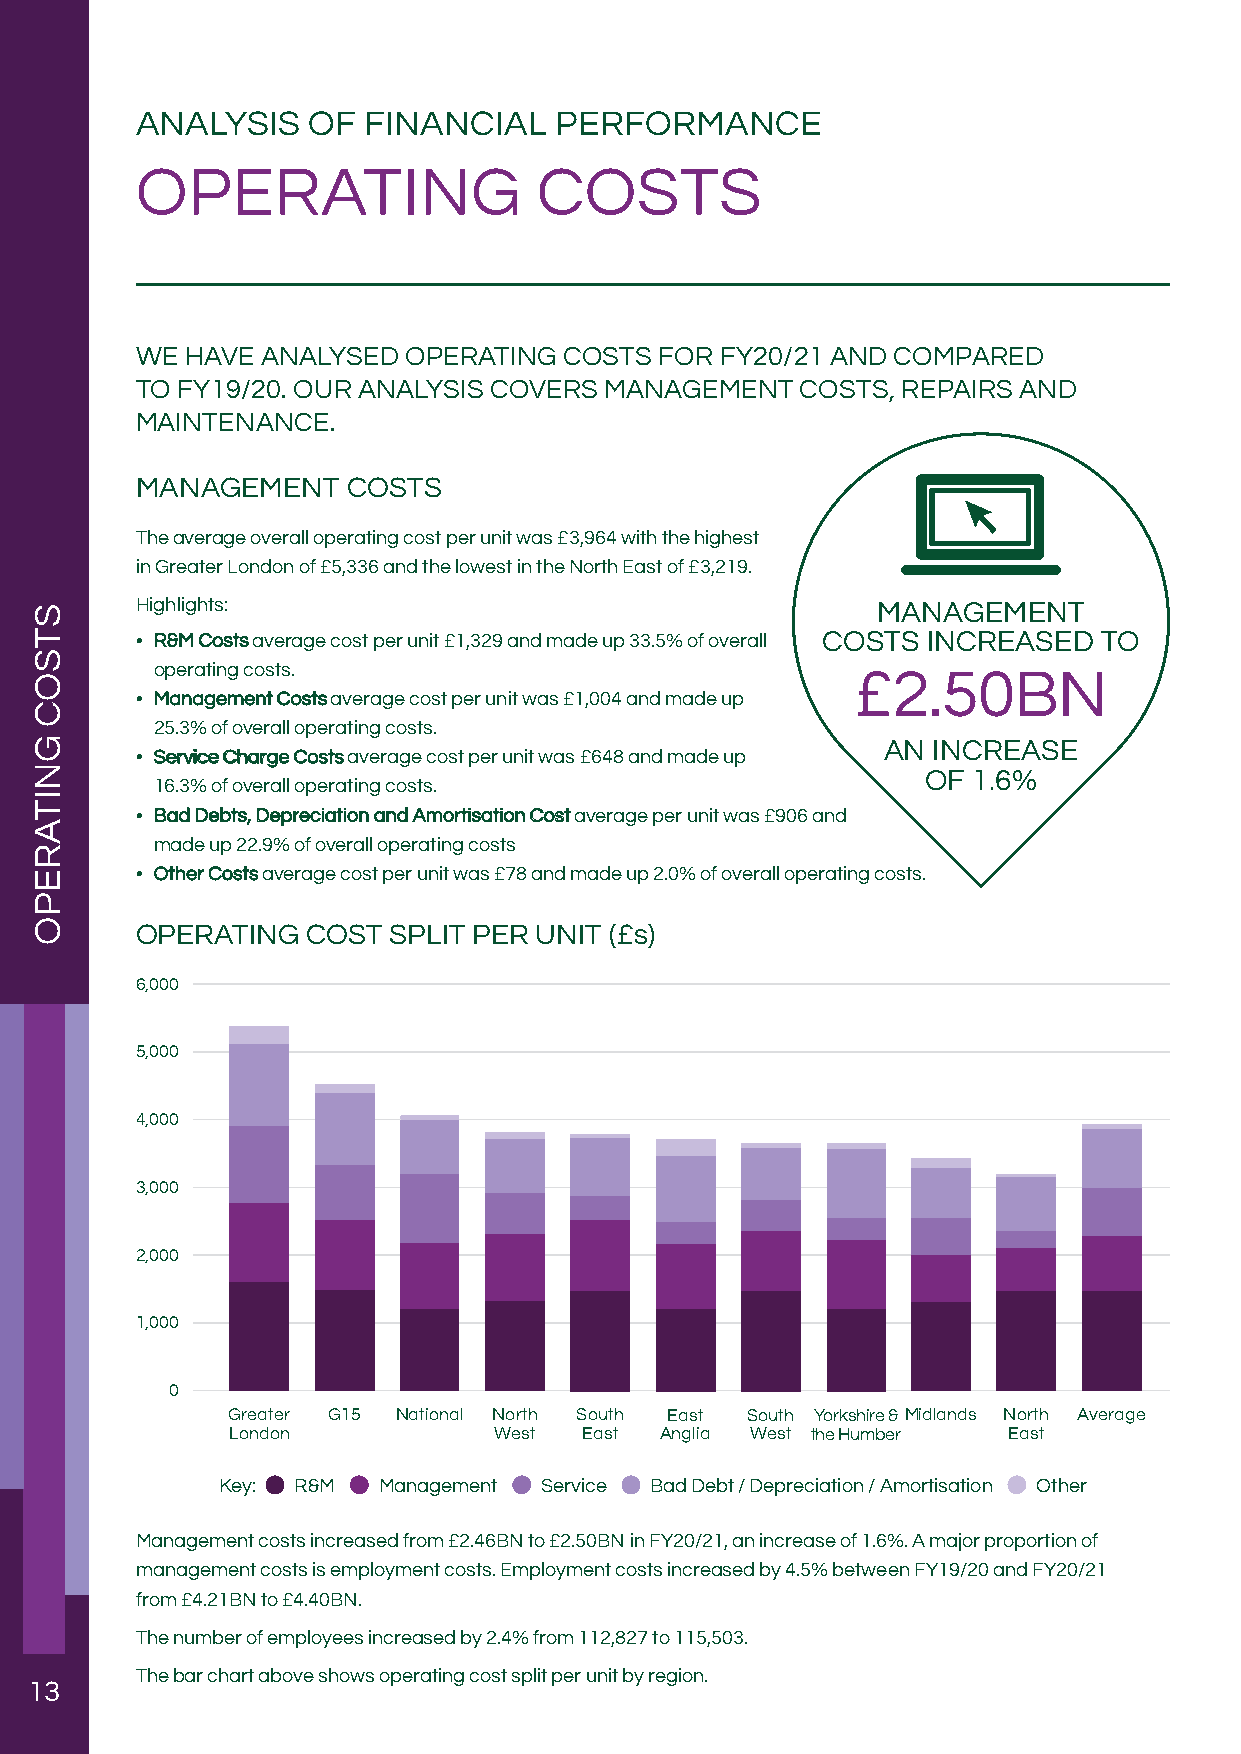
ANALYSIS   OF  FINANCIAL    PERFORMANCE
 OPERATING                  COSTS
 WE HAVE ANALYSED  OPERATING COSTS  FOR FY20/21 AND COMPARED
 TO FY19/20. OUR ANALYSIS COVERS MANAGEMENT  COSTS, REPAIRS AND
 MAINTENANCE.
 MANAGEMENT    COSTS
 The average overall operating cost per unit was £3,964 with the highest
 in Greater London of £5,336 and the lowest in the North East of £3,219.
 Highlights:                                      MANAGEMENT
 • RR&&MM CCoossttss average cost per unit £1,329 and made up 33.5% of overall COSTS INCREASED TO
 operating costs.                               £2.50BN
 • MMaannaaggeemmeenntt CCoossttss average cost per unit was £1,004 and made up
 25.3% of overall operating costs.
 AN  INCREASE
 • SSeerrvviiccee CChhaarrggee CCoossttss average cost per unit was £648 and made up
 OF 1.6%
 16.3% of overall operating costs.
 • BBaadd DDeebbttss,, DDeepprreecciiaattiioonn aanndd AAmmoorrttiissaattiioonn CCoosstt average per unit was £906 and
 made up 22.9% of overall operating costs
 • OOtthheerr CCoossttss average cost per unit was £78 and made up 2.0% of overall operating costs.
 OPERATING  COST  SPLIT PER UNIT (£s)
 6,000
 5,000
 4,000
 3,000
 2,000
 1,000
 0
 Greater G15 National North South East South Yorkshire & Midlands North Average
 London            West  East Anglia West the Humber East
 Key: R&M  Management Service Bad Debt / Depreciation / Amortisation Other
 Management costs increased from £2.46BN to £2.50BN in FY20/21, an increase of 1.6%. A major proportion of
 management costs is employment costs. Employment costs increased by 4.5% between FY19/20 and FY20/21
 from £4.21BN to £4.40BN.
 The number of employees increased by 2.4% from 112,827 to 115,503.
 The bar chart above shows operating cost split per unit by region.
 13
 STSOC
 GNITAREPO